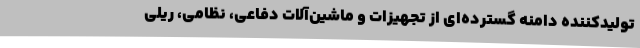
تولیدکننده دامنه گسترده‌ای از تجهیزات و ماشین‌آلات دفاعی، نظامی، ریلی